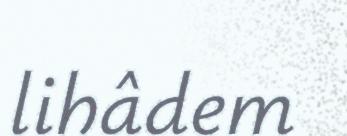
lihâdem